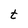
Character: t